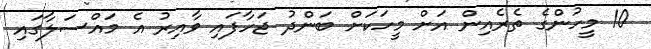
10 މީހުންގެ ތެރެއިން އަށް މީހަކަށް ބަންދު ޖަހާފައި ވާއިރު އެ މައްސަލާގައި